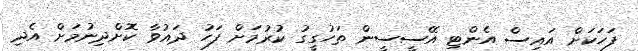
ފަހަކަށް އައިސް އެންޓި އޭސީސީން ތަހުގީގު ކުރުމަށް ފަހު ދައުވާ ކޮށްދިނުމަށް އެދި